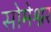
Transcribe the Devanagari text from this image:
सोमेश्नर